Scottish Leaving Certificate Examination, 1952
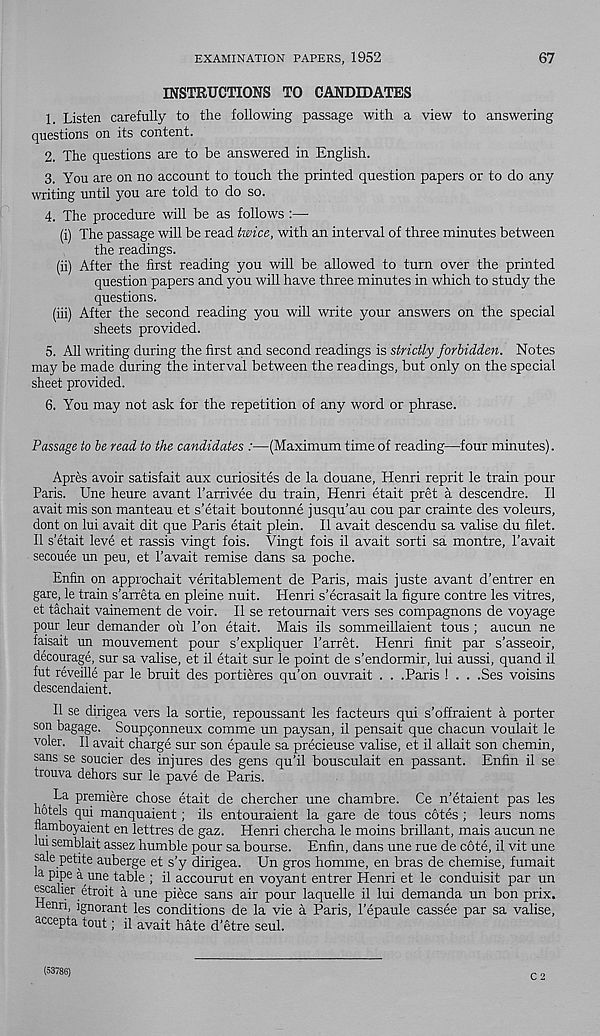
EXAMINATION PAPERS, 1952
67
INSTRUCTIONS TO CANDIDATES
1. Listen carefully to the following passage with a view to answering
questions on its content.
2. The questions are to be answered in English.
3. You are on no account to touch the printed question papers or to do any
writing until you are told to do so.
4. The procedure will be as follows :—•
(i) The passage will be read twice, with an interval of three minutes between
the readings.
(ii) After the first reading you will be allowed to turn over the printed
question papers and you will have three minutes in which to study the
questions.
(iii) After the second reading you will write your answers on the special
sheets provided.
5. All writing during the first and second readings is strictly forbidden. Notes
may be made during the interval between the readings, but only on the special
sheet provided.
6. You may not ask for the repetition of any word or phrase.
Passage to be read to the candidates :—(Maximum time of reading—four minutes).
Apres avoir satisfait aux curiosites de la douane, Henri reprit le train pour
Paris. Une heure avant rarrivee du train, Henri etait pret a descendre. II
avait mis son manteau et s’etait boutonne jusqu’au cou par crainte des voleurs,
dont on lui avait dit que Paris etait plein. II avait descendu sa valise du filet.
II s’etait leve et rassis vingt fois. Vingt fois il avait sorti sa montre, 1’avait
secouee un peu, et 1’avait remise dans sa poche.
Enfin on approchait veritablement de Paris, mais juste avant d’entrer en
gare, le train s’arreta en pleine nuit. Henri s’ecrasait la figure contre les vitres,
et tachait vainement de voir. II se retoumait vers ses compagnons de voyage
pour leur demander ou Ton etait. Mais ils sommeillaient tous ; aucun ne
faisait un mouvement pour s’expliquer 1’arret. Henri finit par s’asseoir,
decourage, sur sa valise, et il etait sur le point de s’endormir, lui aussi, quand il
fut reveille par le bruit des portieres qu’on ouvrait . . .Paris ! . . .Ses voisins
descendaient.
Il se dirigea vers la sortie, repoussant les facteurs qui s’offraient a porter
son bagage. Soupqonneux comme un paysan, il pensait que chacun voulait le
voler. Il avait charge sur son epaule sa precieuse valise, et il allait son chemin,
sans se soucier des injures des gens qu’il bousculait en passant. Enfin il se
trouva dehors sur le pave de Paris.
La premiere chose etait de chercher une chambre. Ce n’etaient pas les
hotels qui manquaient; ils entouraient la gare de tous cotes ; leurs noms
Jiamboyaient en lettres de gaz. Henri chercha le moins brillant, mais aucun ne
lui semblait assez humble pour sa bourse. Enfin, dans une rue de cote, il vit une
sale petite auberge et s’y dirigea. Un gros homme, en bras de chemise, fumait
la pipe a une table ; il accourut en voyant entrer Henri et le conduisit par un
escalier etroit a une piece sans air pour laquelle il lui demanda un bon prix.
nenri, ignorant les conditions de la vie a Paris, 1’epaule cassee par sa valise,
accepta tout; il avait hate d’etre seul.
C 2
(53786)